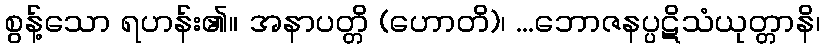
စွန့်သော ရဟန်း၏။ အနာပတ္တိ (ဟောတိ)၊ ...ဘောဇနပ္ပဋိသံယုတ္တာနိ၊